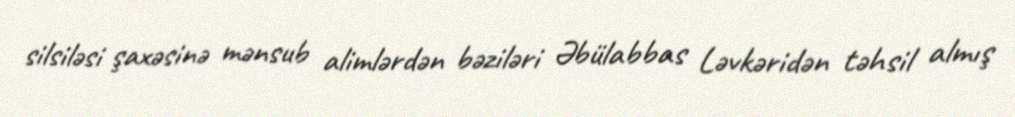
silsiləsi şaxəsinə mənsub alimlərdən bəziləri Əbülabbas Ləvkəridən təhsil almış